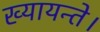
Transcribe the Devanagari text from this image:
ख्यायन्ते।